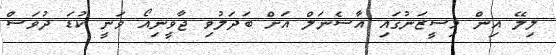
ލިލޭ އިން މިސީޒަނުގައި އާސެނަލް އަށް ބަދަލުވި ޖާވީނިއޯ ވަނީ ކުޑަ ދުވަސް